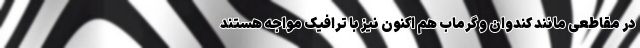
در مقاطعی مانند کندوان و گرماب هم اکنون نیز با ترافیک مواجه هستند